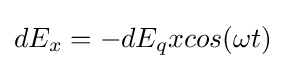
dE_{x}=-dE_{q}xcos(\omega t)